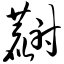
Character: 麝